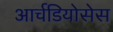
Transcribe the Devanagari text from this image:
आर्चडियोसेस